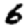
Digit: 6